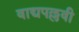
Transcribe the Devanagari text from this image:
वाद्यपल्लवी